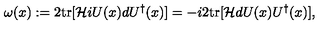
\omega ( x ) : = 2 \mathrm { t r } [ { \cal H } i U ( x ) d U ^ { \dagger } ( x ) ] = - i 2 \mathrm { t r } [ { \cal H } d U ( x ) U ^ { \dagger } ( x ) ] ,